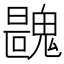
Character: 𩳺